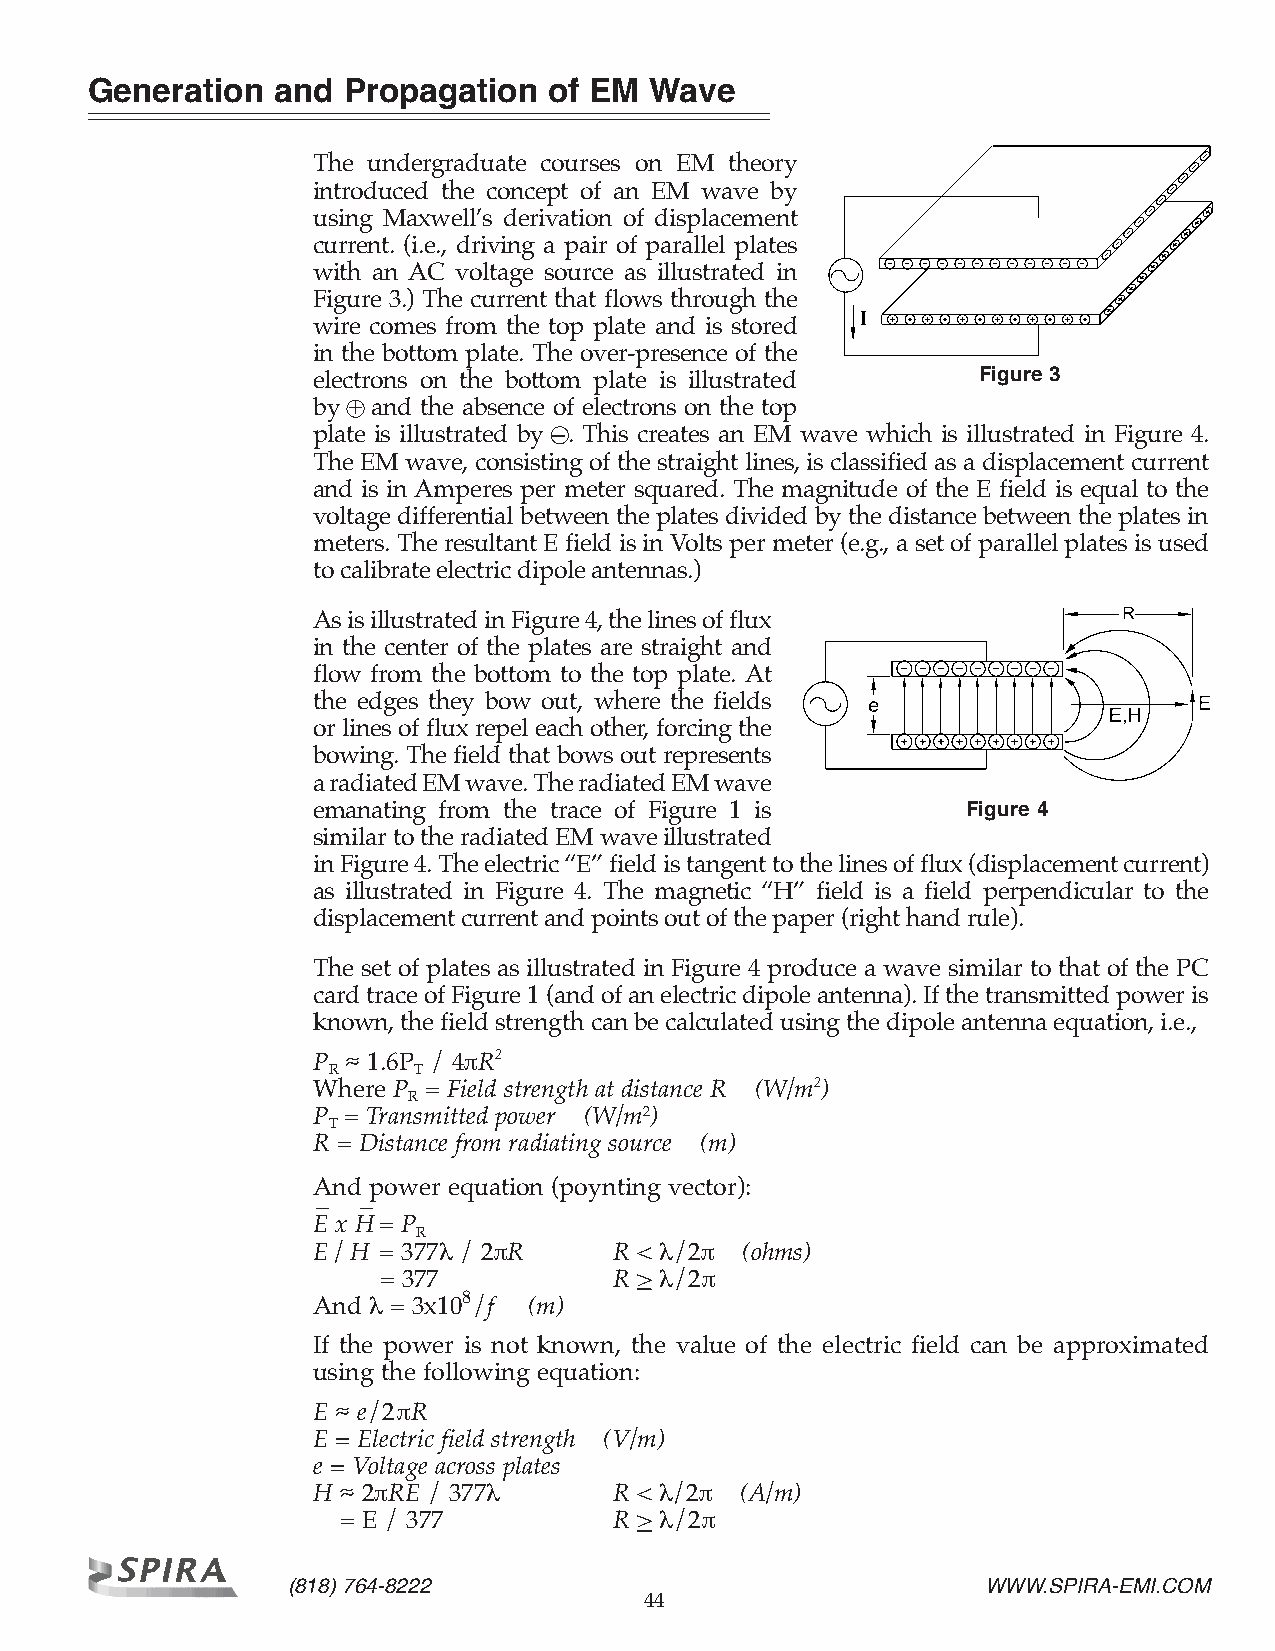
Generation  and  Propagation  of EM  Wave
 The undergraduate courses on EM theory
 introduced the concept of an EM wave by
 using Maxwell’s derivation of displacement
 current. (i.e., driving a pair of parallel plates
 with an AC voltage source as illustrated in
 Figure 3.) The current that flows through the
 wire comes from the top plate and is stored
 in the bottom plate. The over-presence of the
 electrons on the bottom plate is illustrated Figure 3
 by + and the absence of electrons on the top
 plate is illustrated by –. This creates an EM wave which is illustrated in Figure 4.
 The EM wave, consisting of the straight lines, is classified as a displacement current
 and is in Amperes per meter squared. The magnitude of the E field is equal to the
 voltage differential between the plates divided by the distance between the plates in
 meters. The resultant E field is in Volts per meter (e.g., a set of parallel plates is used
 to calibrate electric dipole antennas.)
 As is illustrated in Figure 4, the lines of flux
 in the center of the plates are straight and
 flow from the bottom to the top plate. At
 the edges they bow out, where the fields
 or lines of flux repel each other, forcing the
 bowing. The field that bows out represents
 a radiated EM wave. The radiated EM wave
 emanating from the trace of Figure 1 is    Figure 4
 similar to the radiated EM wave illustrated
 in Figure 4. The electric “E” field is tangent to the lines of flux (displacement current)
 as illustrated in Figure 4. The magnetic “H” field is a field perpendicular to the
 displacement current and points out of the paper (right hand rule).
 The set of plates as illustrated in Figure 4 produce a wave similar to that of the PC
 card trace of Figure 1 (and of an electric dipole antenna). If the transmitted power is
 known, the field strength can be calculated using the dipole antenna equation, i.e.,
 P ~~ 1.6P / 4πR2
 R    T
 Where P = Field strength at distance R (W/m2)
 R
 P = Transmitted power (W/m2)
 T
 R = Distance from radiating source (m)
 And power equation (poynting vector):
 _  _
 E x H = P
 R
 E / H = 377λ / 2πR  R < λ/2π (ohms)
 = 377           R > λ/2π
 And λ = 3x108 /f (m)
 If the power is not known, the value of the electric field can be approximated
 using the following equation:
 E ~~ e/2πR
 E = Electric field strength (V/m)
 e = Voltage across plates
 H ~~ 2πRE / 377λ    R < λ/2π (A/m)
 = E / 377         R > λ/2π
 (818) 764-8222                                WWW.SPIRA-EMI.COM
 44